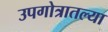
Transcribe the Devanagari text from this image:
उपगोत्रातल्या